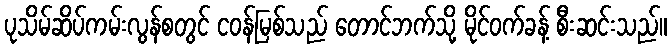
ပုသိမ်ဆိပ်ကမ်းလွန်စတွင် ငဝန်မြစ်သည် တောင်ဘက်သို့ မိုင်ဝက်ခန့် စီးဆင်းသည်။